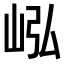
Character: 𪨭